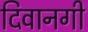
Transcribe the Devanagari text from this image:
दिवानगी